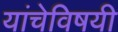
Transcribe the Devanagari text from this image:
यांचेविषयी